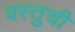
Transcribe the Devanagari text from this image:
वस्तुची